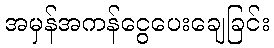
အမှန်အကန်ငွေပေးချေခြင်း